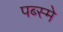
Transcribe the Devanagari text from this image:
पब्स्मे